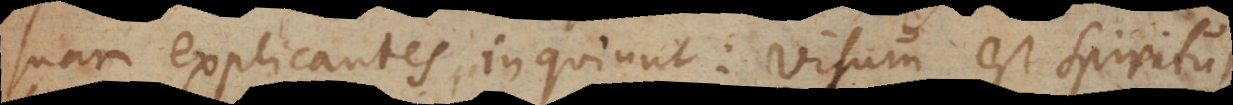
suam explicantes, inquiunt: visum est Spiritui